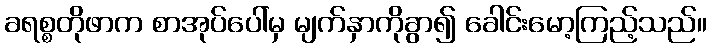
ခရစ္စတိုဖာက စာအုပ်ပေါ်မှ မျက်နှာကိုခွာ၍ ခေါင်းမော့ကြည့်သည်။